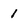
Character: 1